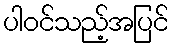
ပါဝင်သည့်အပြင်